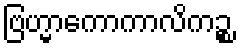
ဗြဟ္မာကောကာလိကဉ္စ